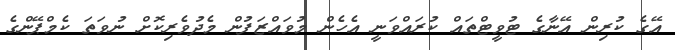
އޭގެ ކުރިން އޭނާގެ ޓުވީޓްތައް ކުރައްވަނީ އެހެން މުވައްޒަފުން މެދުވެރިކޮށް ނުވަތަ ކެމްޕޭންގެ